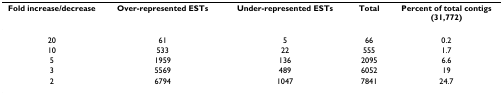
<table><thead><tr><td><b>Fold increase/decrease</b></td><td><b>Over-represented ESTs</b></td><td><b>Under-represented ESTs</b></td><td><b>Total</b></td><td><b>Percent of total contigs (31,772)</b></td></tr></thead><tbody><tr><td>20</td><td>61</td><td>5</td><td>66</td><td>0.2</td></tr><tr><td>10</td><td>533</td><td>22</td><td>555</td><td>1.7</td></tr><tr><td>5</td><td>1959</td><td>136</td><td>2095</td><td>6.6</td></tr><tr><td>3</td><td>5569</td><td>489</td><td>6052</td><td>19</td></tr><tr><td>2</td><td>6794</td><td>1047</td><td>7841</td><td>24.7</td></tr></tbody></table>